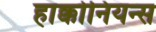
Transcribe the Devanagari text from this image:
हाक्कोनियन्स